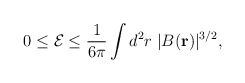
\begin{align*}0 \leq \mathcal{E} \leq \frac{1}{6\pi} \int d^2r \; |B(\mathbf{r})|^{3/2},\end{align*}